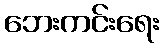
ဘေးကင်းရေး